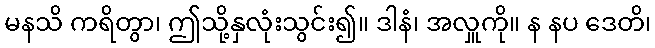
မနသိ ကရိတွာ၊ ဤသို့နှလုံးသွင်း၍။ ဒါနံ၊ အလှူကို။ န နပ ဒေတိ၊